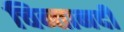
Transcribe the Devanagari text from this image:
चिन्तानदी